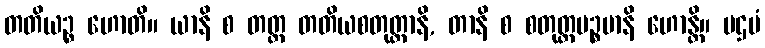
တတိယဉ္စ ဟောတိ။ ယာနိ စ တတ္ထ တတိယစတုတ္ထာနိ, တာနိ စ စတုတ္ထပဉ္စမာနိ ဟောန္တိ။ ပဌမံ